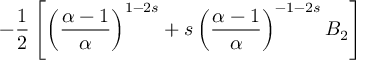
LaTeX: - \frac { 1 } { 2 } \left[ \left( \frac { \alpha - 1 } { \alpha } \right) ^ { 1 - 2 s } + s \left( \frac { \alpha - 1 } { \alpha } \right) ^ { - 1 - 2 s } B _ { 2 } \right]